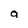
Character: a